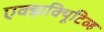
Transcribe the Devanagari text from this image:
एक्झक्यिूटिव्ह